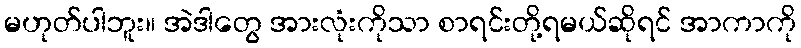
မဟုတ်ပါဘူး။ အဲဒါတွေ အားလုံးကိုသာ စာရင်းတို့ရမယ်ဆိုရင် အာကာကို